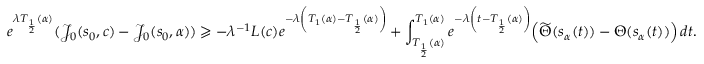
e ^ { \lambda T _ { \frac 1 2 } ( \alpha ) } ( \mathcal { J } _ { 0 } ( s _ { 0 } , c ) - \mathcal { J } _ { 0 } ( s _ { 0 } , \alpha ) ) \geqslant - \lambda ^ { - 1 } L ( c ) e ^ { - \lambda \left( T _ { 1 } ( \alpha ) - T _ { \frac 1 2 } ( \alpha ) \right) } + \int _ { T _ { \frac 1 2 } ( \alpha ) } ^ { T _ { 1 } ( \alpha ) } e ^ { - \lambda \left( t - T _ { \frac 1 2 } ( \alpha ) \right) } \Bigl ( \widetilde { \Theta } ( s _ { \alpha } ( t ) ) - { \Theta } ( s _ { \alpha } ( t ) ) \Bigr ) \, d t .